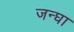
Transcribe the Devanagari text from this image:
जन्घा